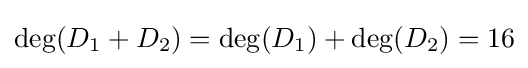
\deg(D_{1}+D_{2})=\deg(D_{1})+\deg(D_{2})=16